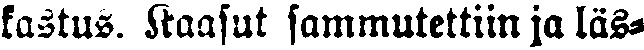
kastus. Kaasut sammutettiin ja läs-